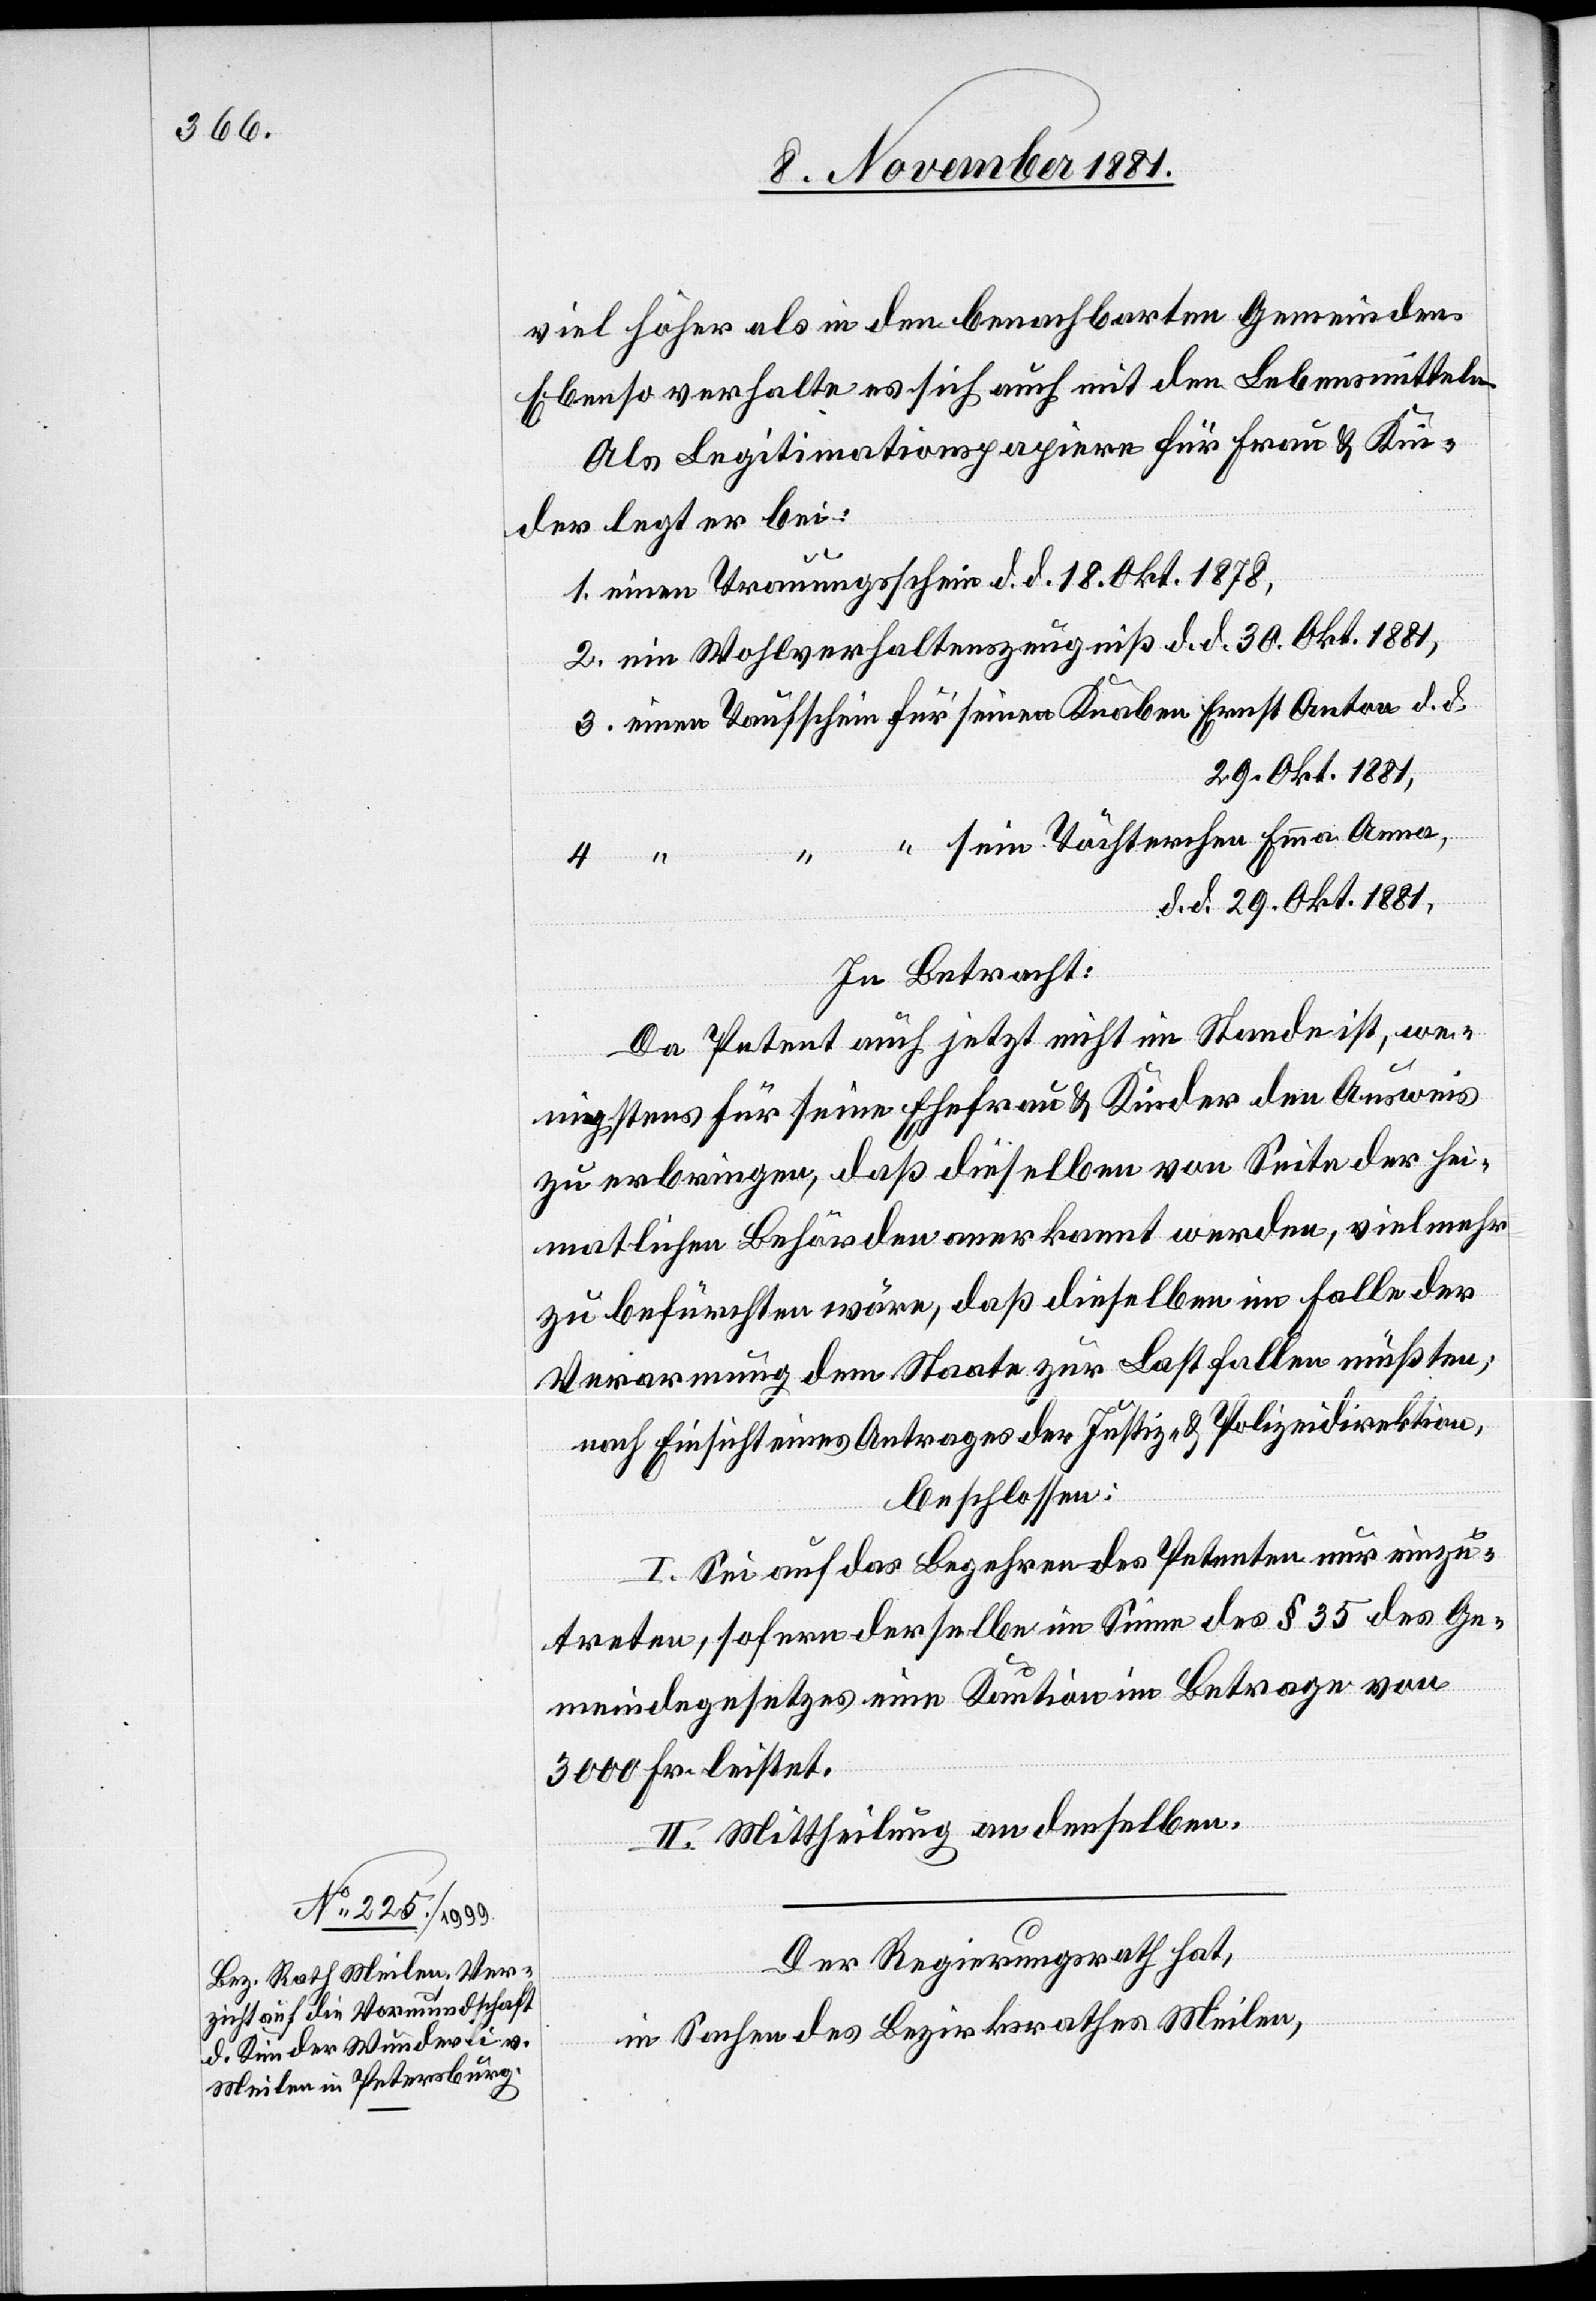
viel höher als in den benachbarten Gemeinden.
Ebenso verhalte es sich auch mit den Lebensmitteln.
Als Legitimationspapiere für Frau & Kin¬
der legt er bei:
1. einen Trauungsschein d. d. 18. Okt. 1878,
2. ein Wohlverhaltenszeugniß d. d. 30. Okt. 1881,
3. einen Taufschein für seinen Knaben Ernst Anton d. d.
29. Okt. 1881,
“ sein Töchterchen Emma Anna,
4.
d. d. 29. Okt. 1881,
In Betracht:
Da Petent auch jetzt nicht im Stande ist, we¬
nigstens für seine Ehefrau & Kinder den Ausweis
zu erbringen, daß dieselben von Seite der hei¬
matlichen Behörden anerkannt werden, vielmehr
zu befürchten wäre, daß dieselben im Falle der
Verarmung dem Staate zur Last fallen müßten;
nach Einsicht eines Antrages der Justiz- & Polizeidirektion,
beschlossen:
I. Sei auf das Begehren des Petenten nur einzu¬
treten, sofern derselbe im Sinne des § 35 des Ge¬
meindegesetzes eine Kaution im Betrage von
3000 Fr. leistet.
II. Mittheilung an denselben.
Der Regierungsrath hat,
in Sachen des Bezirksrathes Meilen,